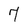
Character: 7